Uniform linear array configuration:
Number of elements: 16
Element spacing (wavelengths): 0.5
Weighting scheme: binomial
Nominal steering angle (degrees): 30
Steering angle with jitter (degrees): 30.324
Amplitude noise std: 0.05
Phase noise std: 0.05

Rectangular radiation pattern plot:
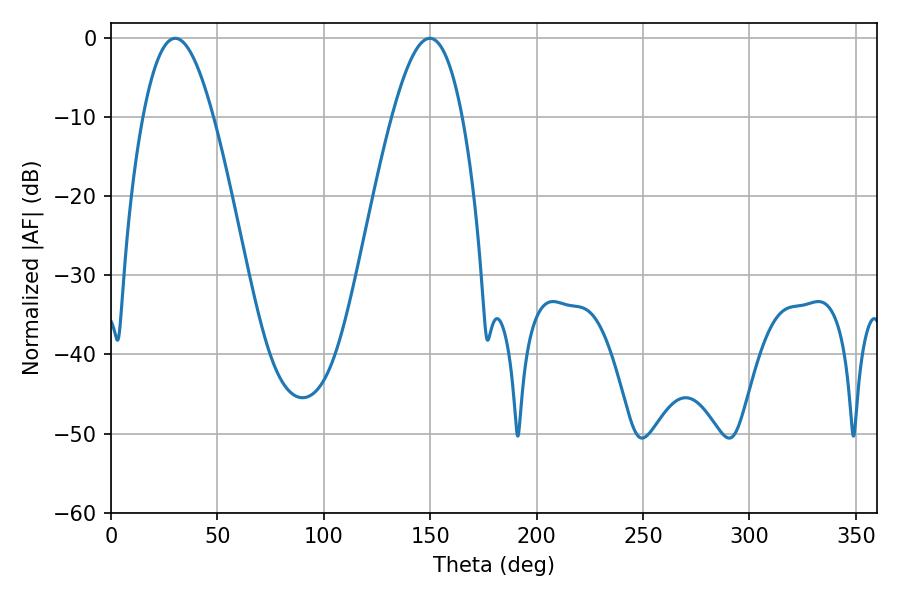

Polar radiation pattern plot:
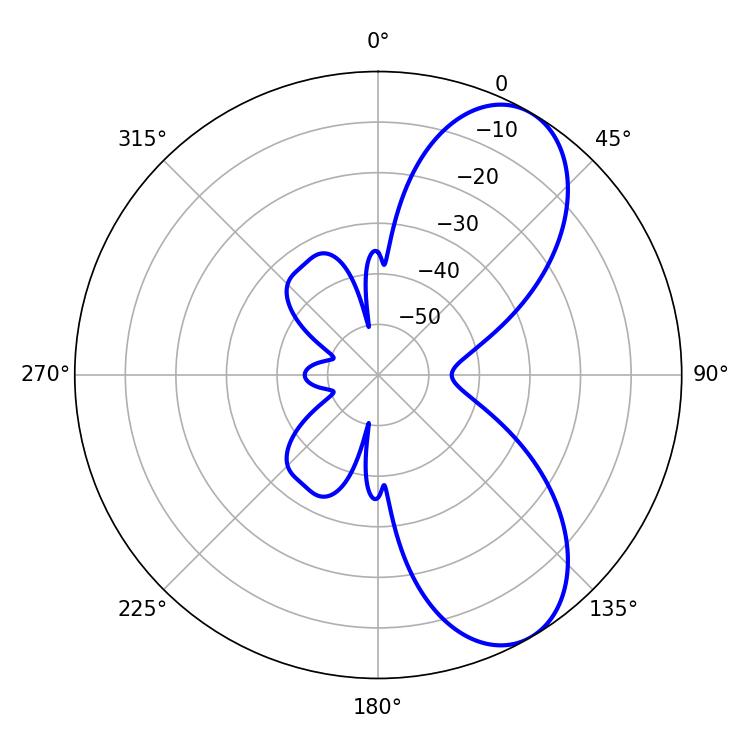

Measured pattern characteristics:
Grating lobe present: FALSE
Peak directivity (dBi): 7.625
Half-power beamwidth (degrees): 18
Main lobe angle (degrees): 30.24